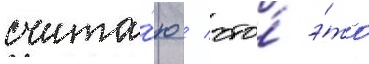
счита́ю / что́ э́то